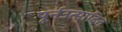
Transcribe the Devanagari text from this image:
पूर्नउत्पादित